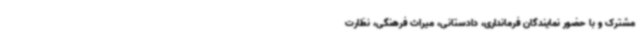
مشترک و با حضور نمایندگان فرمانداری، دادستانی، میراث فرهنگی، نظارت